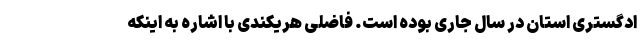
ادگستری استان در سال جاری بوده است. فاضلی هریکندی با اشاره به اینکه